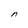
Character: n